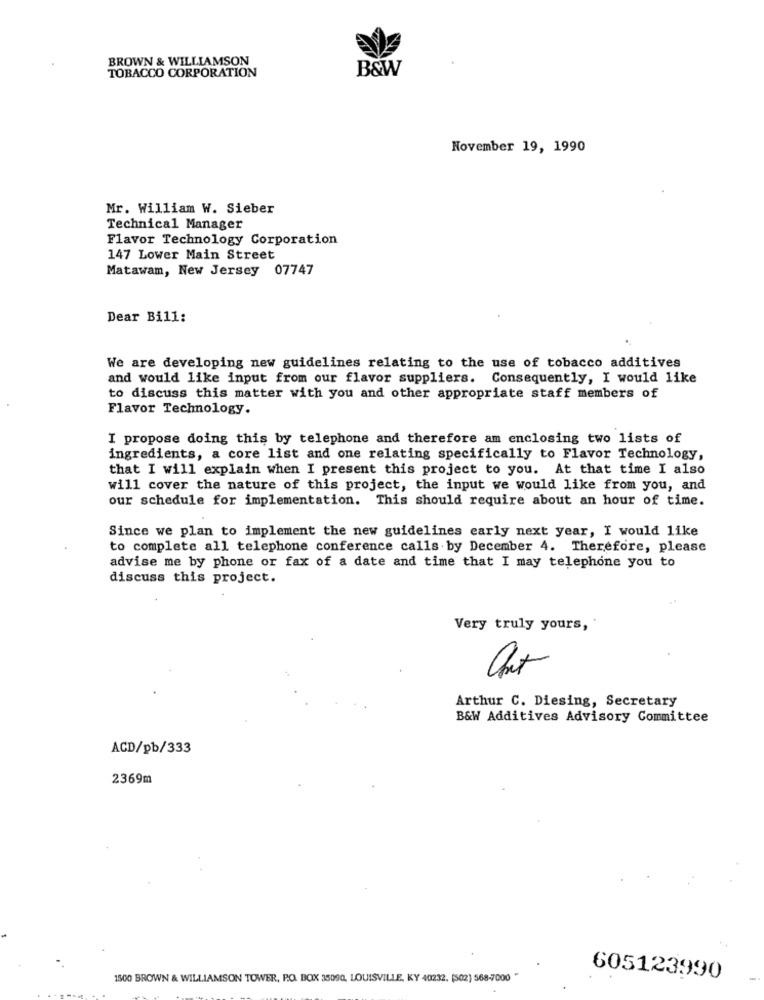
BROWN & WILLIAMSON
TOBACCO CORPORATION
B&W
November 19, 1990
Mr. William W. Sieber
Technical Manager
Flavor Technology Corporation
147 Lower Main Street
Matawam, New Jersey 07747
Dear Bill:
We are developing new guidelines relating to the use of tobacco additives
and would like input from our flavor suppliers. Consequently, I would like
to discuss this matter with you and other appropriate staff members of
Flavor Technology.
I propose doing this by telephone and therefore am enclosing two lists of
ingredients, a core list and one relating specifically to Flavor Technology,
that I will explain when I present this project to you. At that time I also
will cover the nature of this project, the input we would like from you, and
our schedule for implementation. This should require about an hour of time.
Since we plan to implement the new guidelines early next year, I would like
to complete all telephone conference calls by December 4. Therefore, please
advise me by phone or fax of a date and time that I may telephone you to
discuss this project.
Very truly yours,
Arthur C. Diesing, Secretary
B&W Additives Advisory Committee
ACD/pb/333
2369m
1500 BROWN & WILLIAMSON TOWER, P.O. BOX 35090. LOUISVILLE, KY 40232. (502) 568-7000 -
605123990
-